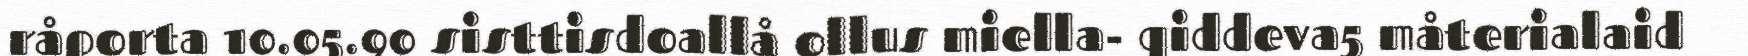
råporta 10.05.90 sisttisdoallå ollus miella- qiddeva5 måterialaid